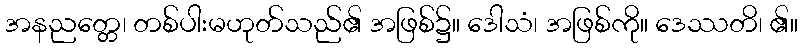
အနညတ္တေ၊ တစ်ပါးမဟုတ်သည်၏ အဖြစ်၌။ ဒေါသံ၊ အဖြစ်ကို။ ဒေဿတိ၊ ၏။